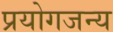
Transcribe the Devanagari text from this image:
प्रयोगजन्य